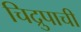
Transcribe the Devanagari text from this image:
चिद्रुपाची